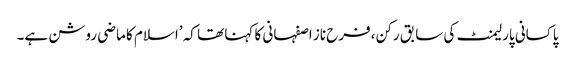
پاکسانی پارلیمنٹ کی سابق رکن، فرح ناز اصفہانی کا کہنا تھا کہ ’اسلام کا ماضی روشن ہے۔